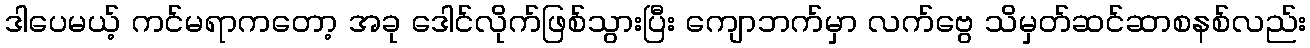
ဒါပေမယ့် ကင်မရာကတော့ အခု ဒေါင်လိုက်ဖြစ်သွားပြီး ကျောဘက်မှာ လက်ဗွေ သိမှတ်ဆင်ဆာစနစ်လည်း